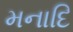
મનાદિ